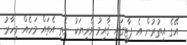
އޭގެ އިތުރުން އެ ޕާޓީގައި ޤާއިމު ވެރިޔަކު ނެތި އެތައް މަހެއް މިހާރު